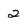
Character: 2